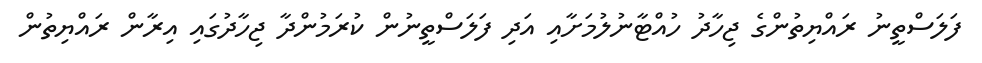
ފަލަސްތީނު ރައްޔިތުންގެ ޖިހާދު ހުއްޓާނުލުމަށާއި އަދި ފަލަސްތީނުން ކުރަމުންދާ ޖިހާދުގައި އިރާން ރައްޔިތުން